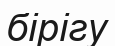
бірігу